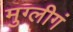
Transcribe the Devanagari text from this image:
मुग्लीगं